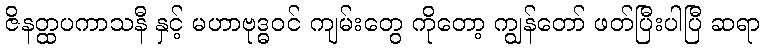
ဇိနတ္ထပကာသနီ နှင့် မဟာဗုဒ္ဓဝင် ကျမ်းတွေ ကိုတော့ ကျွန်တော် ဖတ်ပြီးပါပြီ ဆရာ